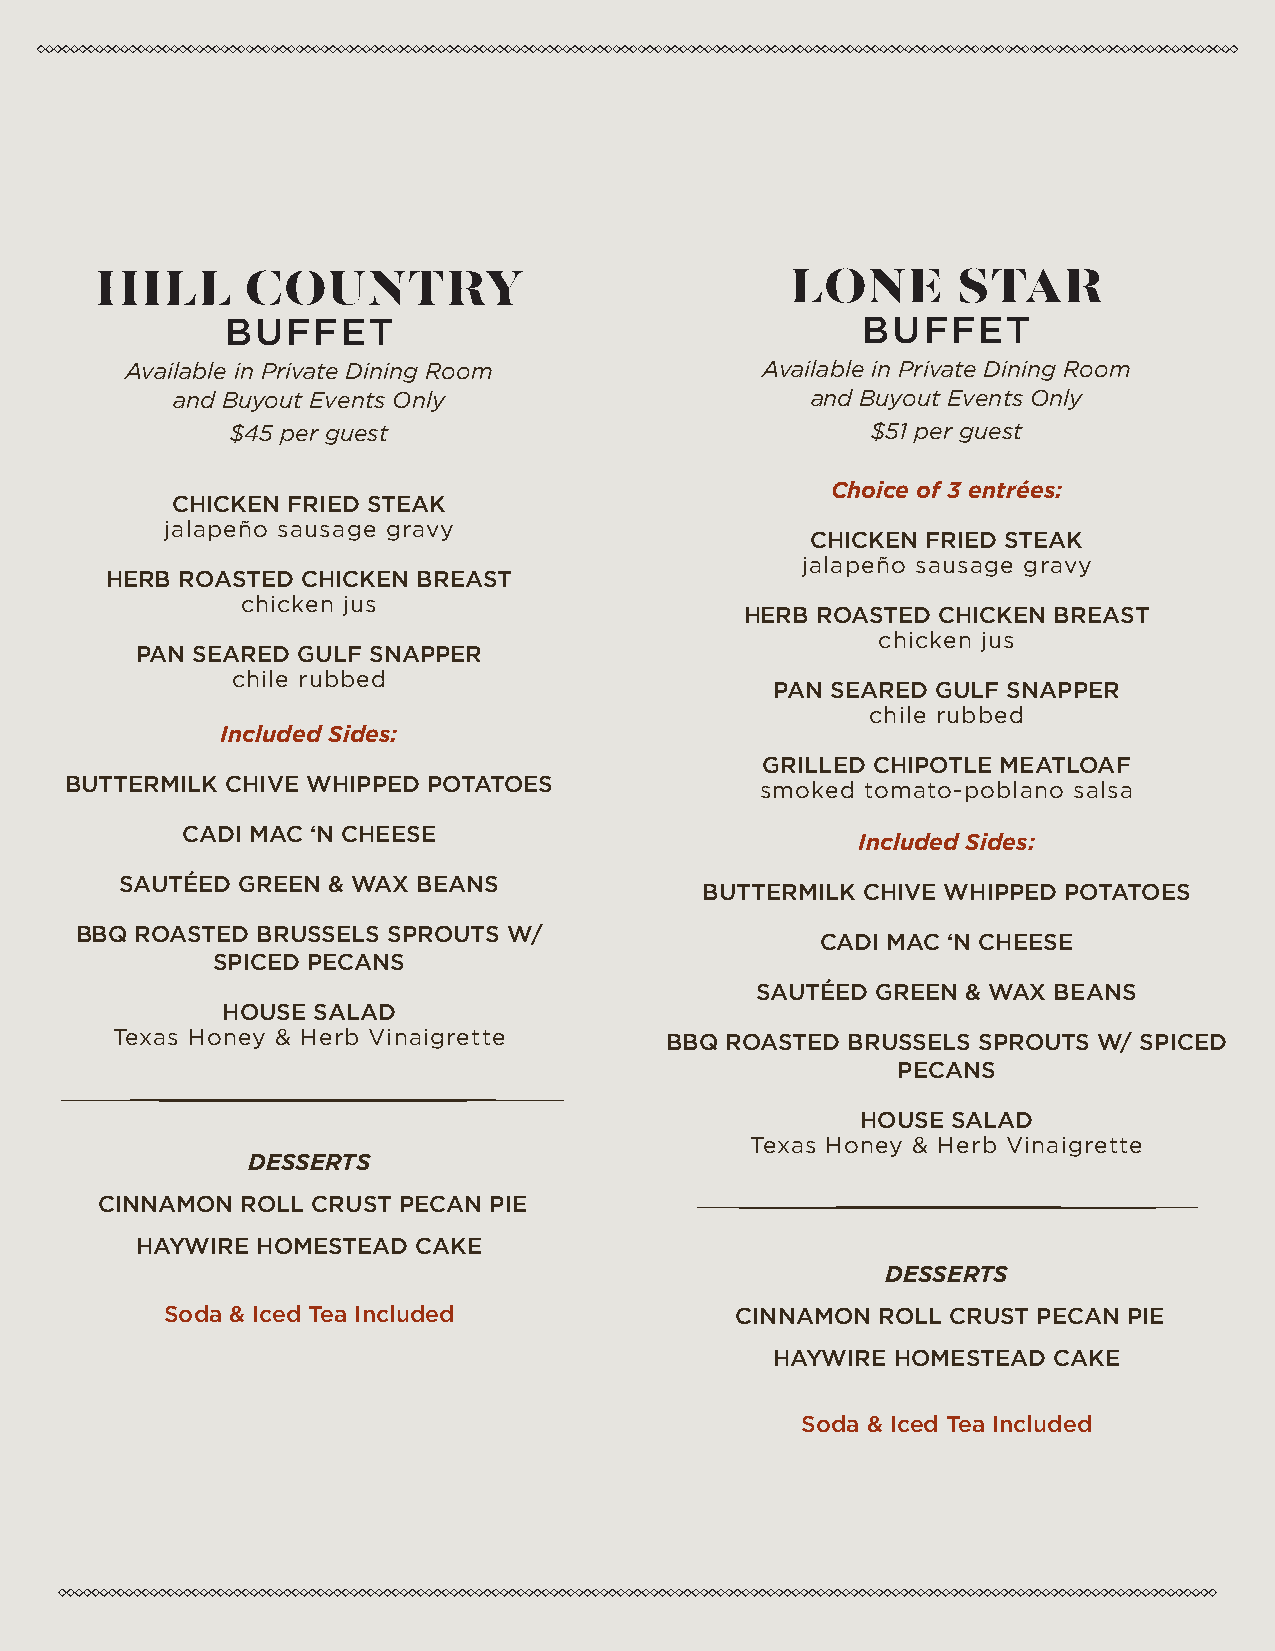
HILL      COUNTRY                             LONE       STAR
 BUFFET                                    BUFFET
 Available in Private Dining Room          Available in Private Dining Room
 and Buyout Events Only                     and Buyout Events Only
 $45 per guest                              $51 per guest
 Choice of 3 entrées:
 CHICKEN FRIED STEAK
 jalapeño sausage gravy
 CHICKEN FRIED STEAK
 jalapeño sausage gravy
 HERB ROASTED CHICKEN BREAST
 chicken jus
 HERB ROASTED CHICKEN BREAST
 chicken jus
 PAN SEARED GULF SNAPPER
 chile rubbed
 PAN SEARED GULF SNAPPER
 chile rubbed
 Included Sides:
 GRILLED CHIPOTLE MEATLOAF
 BUTTERMILK CHIVE WHIPPED POTATOES             smoked tomato-poblano salsa
 CADI MAC ‘N CHEESE
 Included Sides:
 SAUTÉED GREEN & WAX BEANS
 BUTTERMILK CHIVE WHIPPED POTATOES
 BBQ ROASTED BRUSSELS SPROUTS W/
 CADI MAC ‘N CHEESE
 SPICED PECANS
 SAUTÉED GREEN & WAX BEANS
 HOUSE SALAD
 Texas Honey & Herb Vinaigrette       BBQ ROASTED BRUSSELS SPROUTS W/ SPICED
 PECANS
 HOUSE SALAD
 Texas Honey & Herb Vinaigrette
 DESSERTS
 CINNAMON  ROLL CRUST PECAN PIE
 HAYWIRE HOMESTEAD  CAKE
 DESSERTS
 Soda & Iced Tea Included              CINNAMON ROLL CRUST PECAN PIE
 HAYWIRE HOMESTEAD  CAKE
 Soda & Iced Tea Included